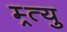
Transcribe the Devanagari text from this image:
म्र्त्यु